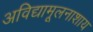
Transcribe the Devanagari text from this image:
अविद्यामूलनाशाय